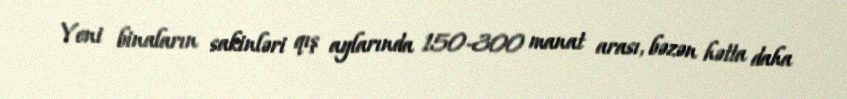
Yeni binaların sakinləri qış aylarında 150-300 manat arası, bəzən hətta daha